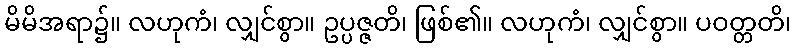
မိမိအရာ၌။ လဟုကံ၊ လျှင်စွာ။ ဥပ္ပဇ္ဇတိ၊ ဖြစ်၏။ လဟုကံ၊ လျှင်စွာ။ ပဝတ္တတိ၊